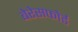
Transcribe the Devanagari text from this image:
बेरेसफोर्ड